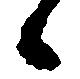
候